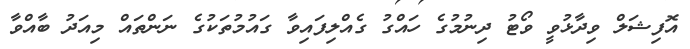
އޮފިޝަލް ވިދާޅުވީ ވޯޓު ދިނުމުގެ ހައްގު ގެއްލިފައިވާ ގައުމުތަކުގެ ނަންތައް މިއަދު ބާއްވާ